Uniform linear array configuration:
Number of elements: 32
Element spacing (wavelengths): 0.75
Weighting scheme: kaiser
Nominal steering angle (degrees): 45
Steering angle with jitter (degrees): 44.367
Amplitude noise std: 0.05
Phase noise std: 0.05

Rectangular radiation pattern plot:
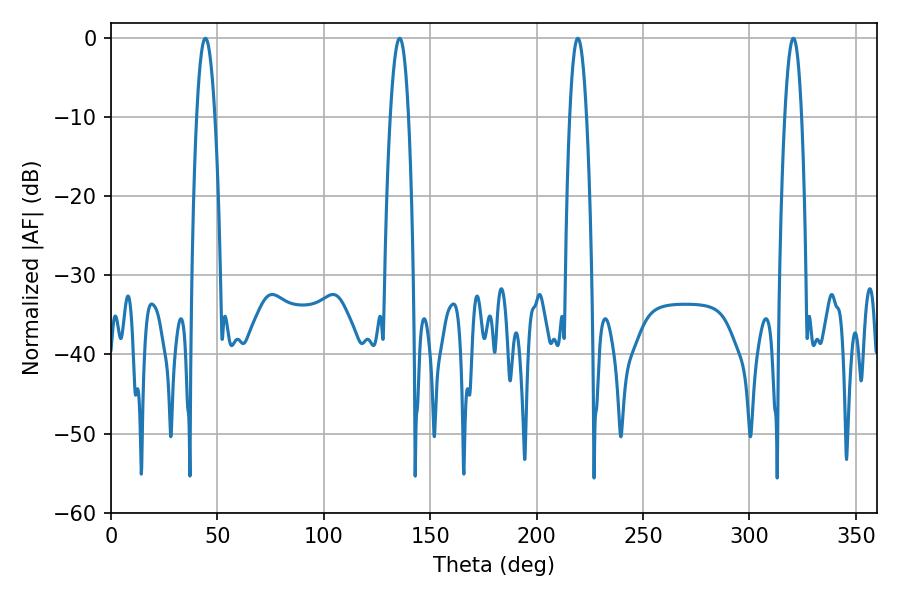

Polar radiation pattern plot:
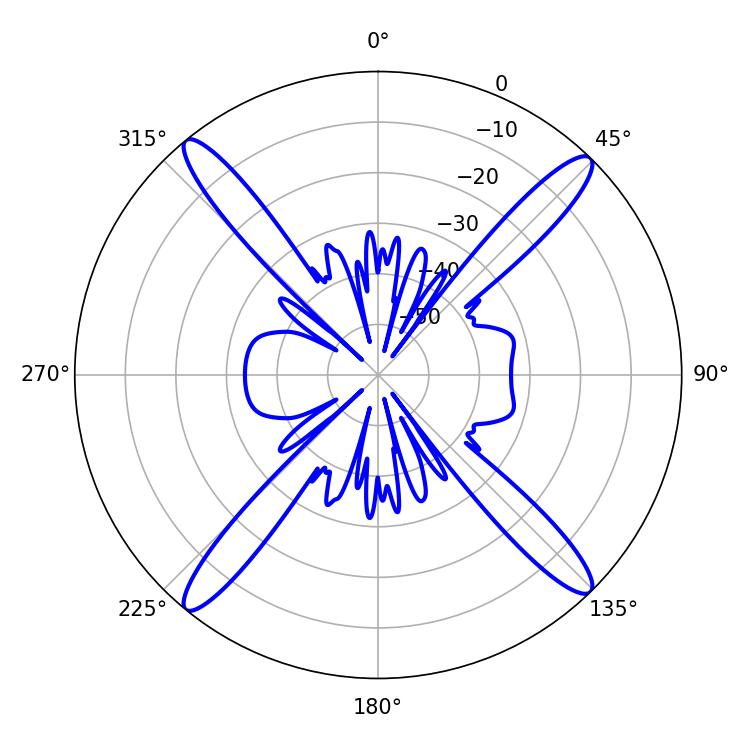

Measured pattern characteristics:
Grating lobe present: TRUE
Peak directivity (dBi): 19.93
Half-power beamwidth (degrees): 4.32
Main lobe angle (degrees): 320.58